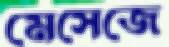
মেসেজে